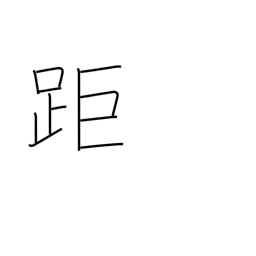
Meaning: long-distance